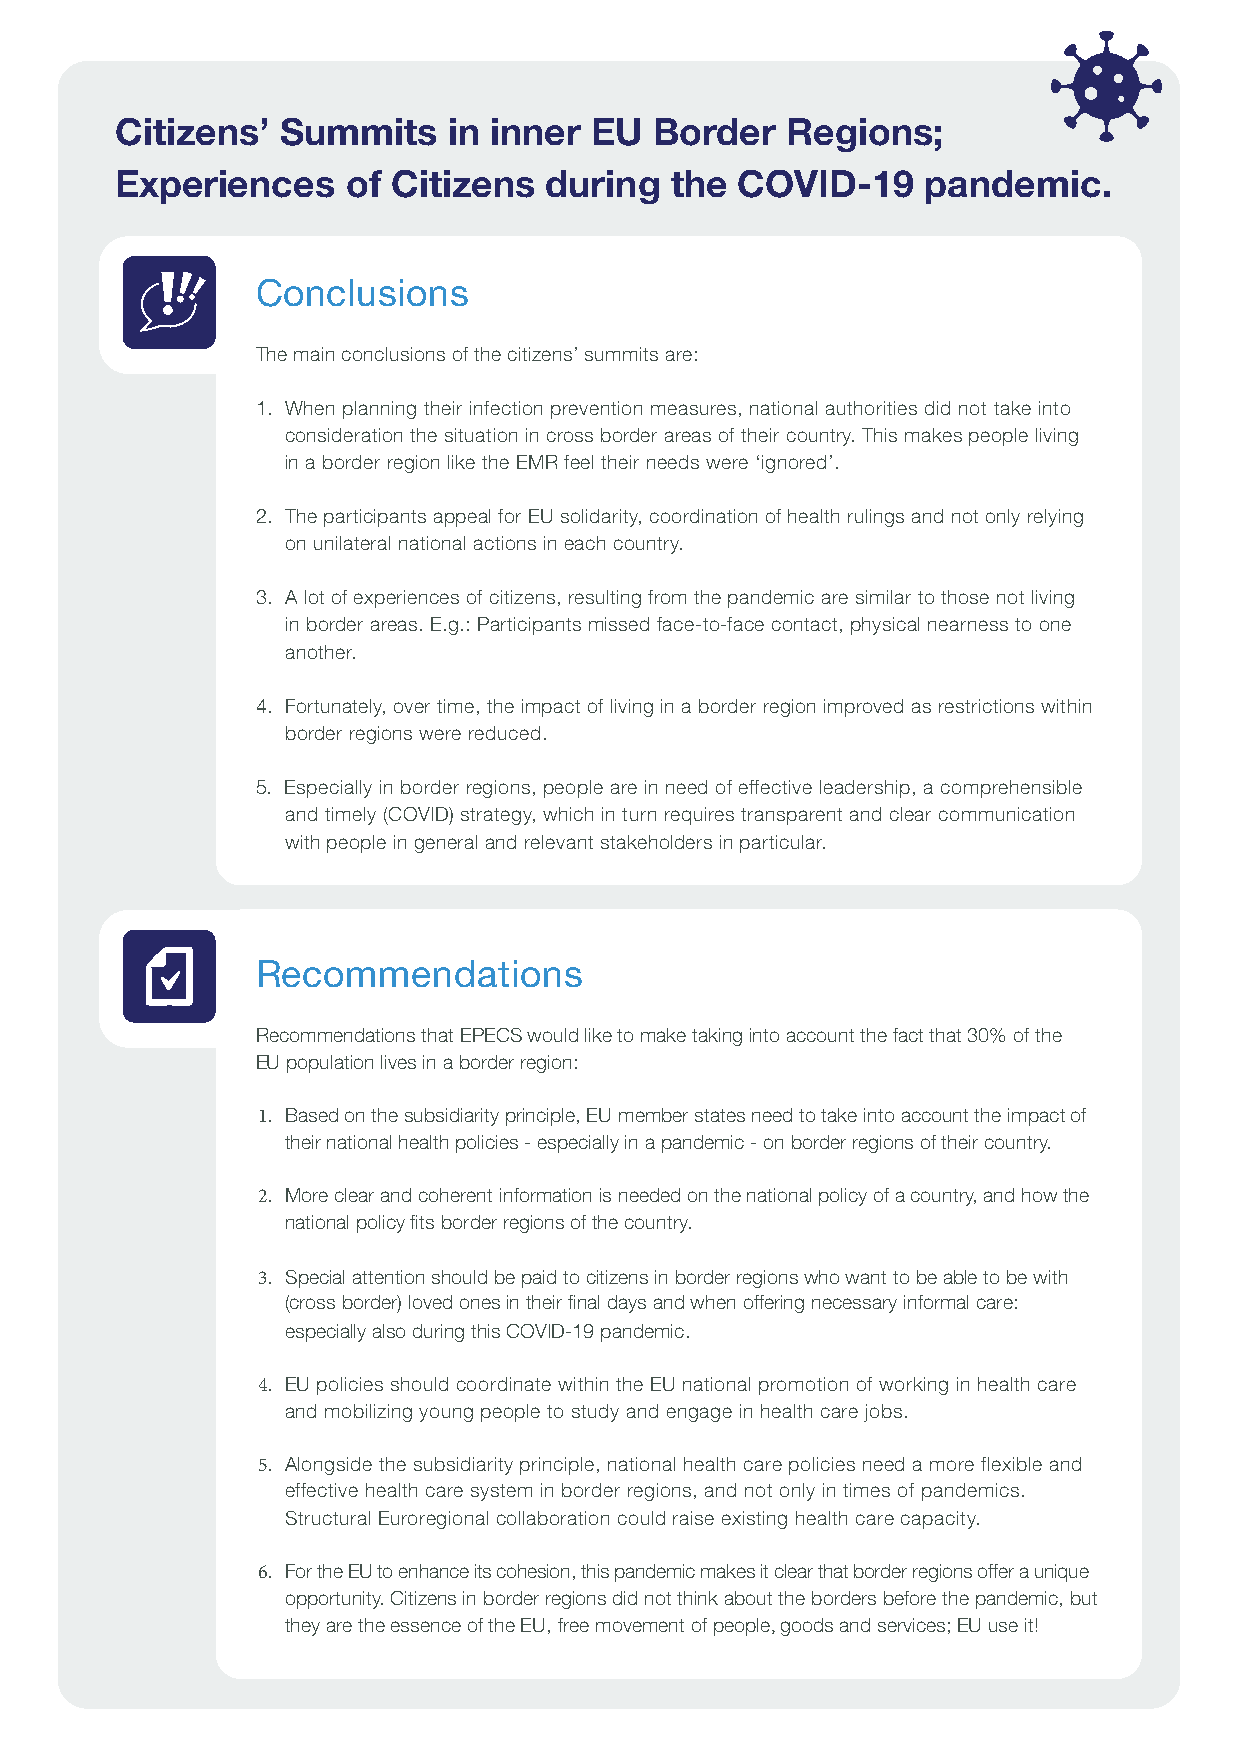
Citizens’  Summits    in inner EU  Border   Regions;
 Experiences    of Citizens  during  the  COVID-19    pandemic.
 Conclusions
 The main conclusions of the citizens’ summits are:
 1. When planning their infection prevention measures, national authorities did not take into
 consideration the situation in cross border areas of their country. This makes people living
 in a border region like the EMR feel their needs were ‘ignored’.
 2. The participants appeal for EU solidarity, coordination of health rulings and not only relying
 on unilateral national actions in each country.
 3. A lot of experiences of citizens, resulting from the pandemic are similar to those not living
 in border areas. E.g.: Participants missed face-to-face contact, physical nearness to one
 another.
 4. Fortunately, over time, the impact of living in a border region improved as restrictions within
 border regions were reduced.
 5. Especially in border regions, people are in need of effective leadership, a comprehensible
 and timely (COVID) strategy, which in turn requires transparent and clear communication
 with people in general and relevant stakeholders in particular.
 Recommendations
 Recommendations that EPECS would like to make taking into account the fact that 30% of the
 EU population lives in a border region:
 1. Based on the subsidiarity principle, EU member states need to take into account the impact of
 their national health policies - especially in a pandemic - on border regions of their country.
 2. More clear and coherent information is needed on the national policy of a country, and how the
 national policy fits border regions of the country.
 3. Special attention should be paid to citizens in border regions who want to be able to be with
 (cross border) loved ones in their final days and when offering necessary informal care:
 especially also during this COVID-19 pandemic.
 4. EU policies should coordinate within the EU national promotion of working in health care
 and mobilizing young people to study and engage in health care jobs.
 5. Alongside the subsidiarity principle, national health care policies need a more flexible and
 effective health care system in border regions, and not only in times of pandemics.
 Structural Euroregional collaboration could raise existing health care capacity.
 6. For the EU to enhance its cohesion, this pandemic makes it clear that border regions offer a unique
 opportunity. Citizens in border regions did not think about the borders before the pandemic, but
 they are the essence of the EU, free movement of people, goods and services; EU use it!